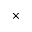
\times